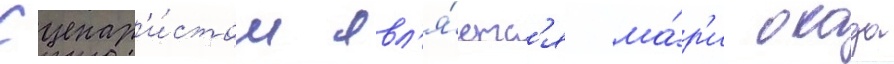
Сценар'и́стом явл'я́етс'я ма́р'и окада